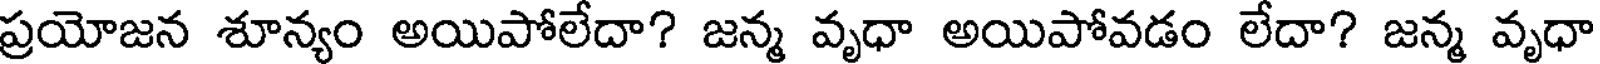
ప్రయోజన శూన్యం అయిపోలేదా? జన్మ వృధా అయిపోవడం లేదా? జన్మ వృధా